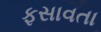
ફસાવતા